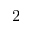
\boldsymbol { 2 }